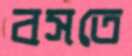
বসতে